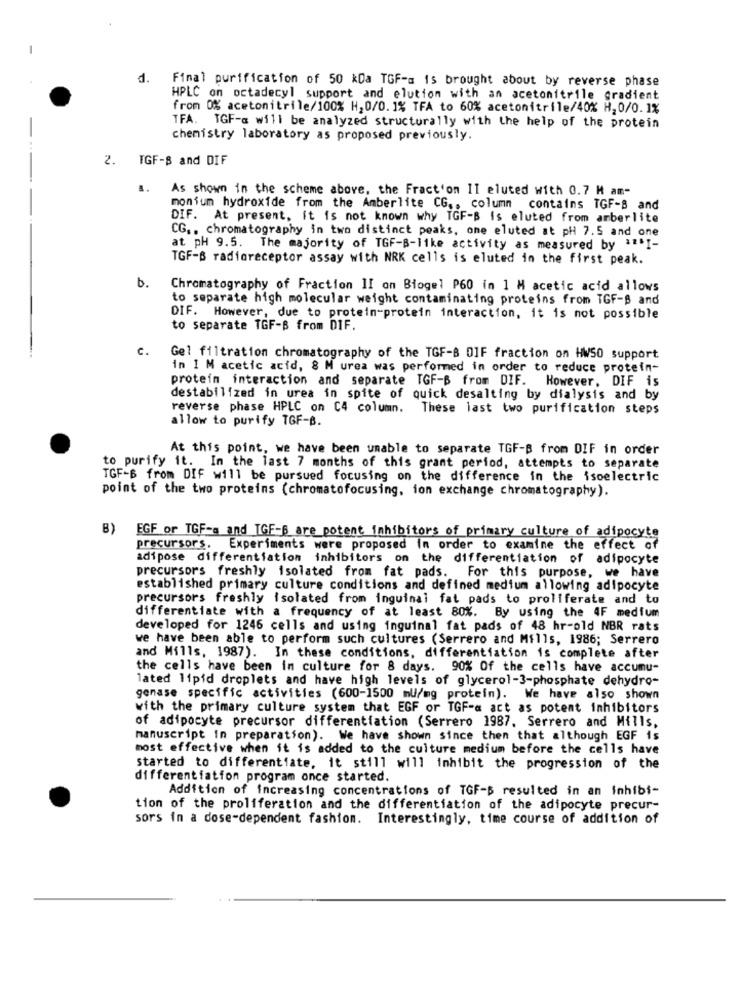
-
d. Final purification of 50 kDa TGF-a is brought about by reverse phase
HPLC on octadecyl support and elution with an acetonitrile gradient
from 0% acetonitrile/100% H,0/0.1% TFA to 60% acetonitrile/40% H.0/0.1%
TFA. TGF-a will be analyzed structurally with the help of the protein
chemistry laboratory as proposed previously.
2. TGF-8 and DIF
..
As shown in the scheme above, the Fract'on II eluted with 0.7 M am-
monium hydroxide from the Amberlite CG .. column contains TGF-8 and
DIF. At present, it is not known why TGF-B is eluted from amberlite
CG .. chromatography in two distinct peaks, one eluted at pH 7.5 and one
at pH 9.5. The majority of TGF-B-like activity as measured by *** I-
TGF-B radioreceptor assay with NRK cells is eluted in the first peak.
b.
Chromatography of Fraction II on Biogel P60 in 1 M acetic acid allows
to separate high molecular weight contaminating proteins from TGF-B and
DIF. However, due to protein-protein interaction, it is not possible
to separate TGF-B from DIF.
C.
Gel filtration chromatography of the TGF-B DIF fraction on HW50 support
in 1 M acetic acid, 8 M urea was performed in order to reduce protein-
protein interaction and separate TGF-B from DIF. However, DIF is
destabilized in urea in spite of quick desalting by dialysis and by
reverse phase HPLC on C4 column. These last two purification steps
allow to purify TGF-B.
At this point, we have been unable to separate TGF-B from DIF in order
to purify it. In the last 7 months of this grant period, attempts to separate
TGF-B from DIF will be pursued focusing on the difference in the isoelectric
point of the two proteins (chromatofocusing, ion exchange chromatography).
B)
EGF or TGF-a and TGF-6 are potent inhibitors of primary culture of adipocyte
precursors. Experiments were proposed in order to examine the effect of
adipose differentiation inhibitors on the differentiation of adipocyte
precursors freshly isolated from fat pads. For this purpose, we have
established primary culture conditions and defined medium allowing adipocyte
precursors freshly isolated from inguinal fat pads to proliferate and to
differentiate with a frequency of at least 80%. By using the 4F medium
developed for 1246 cells and using inguinal fat pads of 48 hr-old NBR rats
we have been able to perform such cultures (Serrero and Mills, 1986; Serrero
and Mills, 1987). In these conditions, differentiation is complete after
the cells have been in culture for 8 days. 90% Of the cells have accumu-
lated 11pid droplets and have high levels of glycerol-3-phosphate dehydro-
genase specific activities (600-1500 mu/mg protein). We have also shown
with the primary culture system that EGF or TGF-a act as potent inhibitors
of adipocyte precursor differentiation (Serrero 1987. Serrero and Mills,
manuscript in preparation). We have shown since then that although EGF is
most effective when it is added to the culture medium before the cells have
started to differentiate, it still will inhibit the progression of the
differentiation program once started.
Addition of increasing concentrations of TGF-B resulted in an inhibi-
tion of the proliferation and the differentiation of the adipocyte precur-
sors in a dose-dependent fashion. Interestingly, time course of addition of